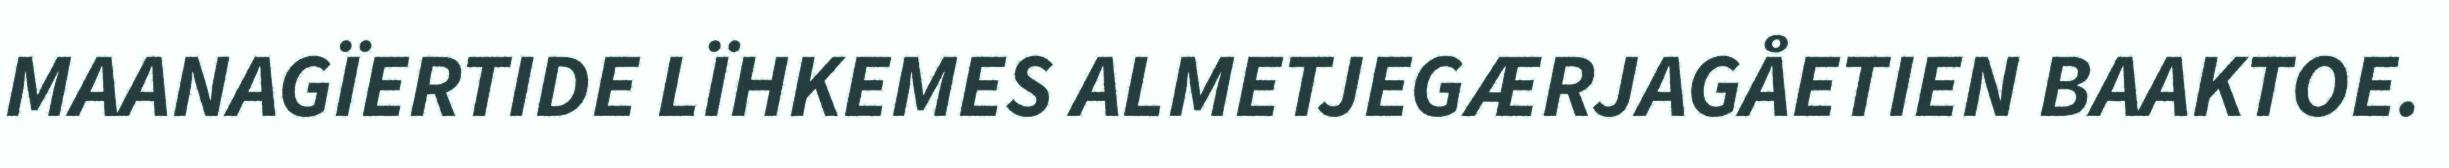
MAANAGÏERTIDE LÏHKEMES ALMETJEGÆRJAGÅETIEN BAAKTOE.